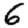
Digit: 6